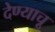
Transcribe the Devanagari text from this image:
देण्याचू